Report on vaccination in Madras 1922-1929 - 1922-1929
Year: 1922
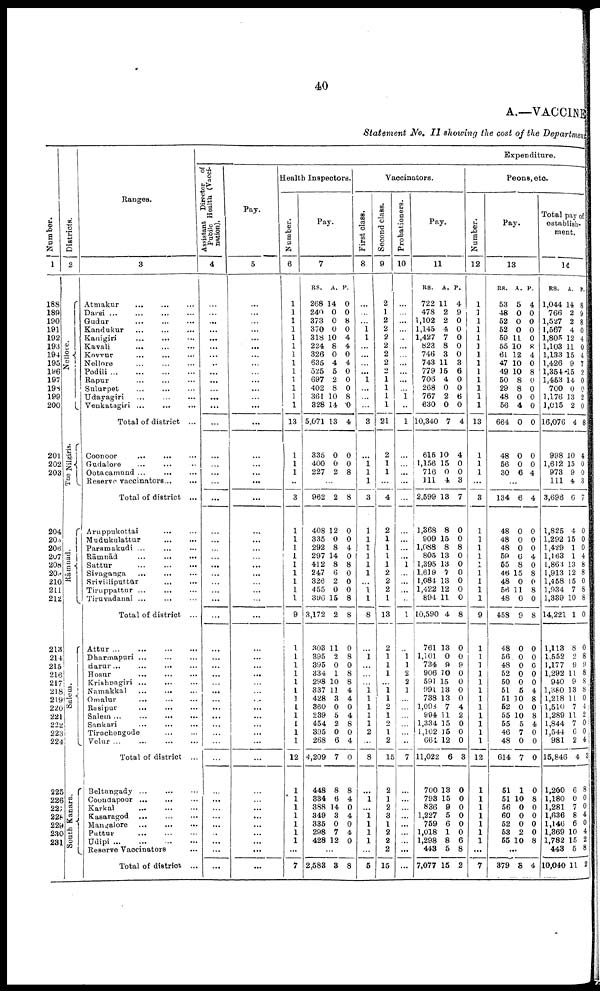
40
A.—VACCINE
Statement No. II showing the cost of the Department
Number.
1
188
189
190
191
192
193
194
195
196
197
198
199
200
201
202
203
204
205
206
207
208
209
210
211
212
213
214
215
216
217
218
219
220
221
222
223
224
225
226
227
228
229
230
231
Districts.
2
Nellore.
The Nilgiris.
Rāmnād.
Salem.
South Kanara.
Ranges.
3
Atmakur
...
...
...
Darsi
...
...
...
...
Gudur ... ... ...
Kandakur ... ... ...
Kanigiri
...
...
...
Kavali
...
...
...
Kovvnr
...
...
...
Nellore
...
...
...
Podili
...
...
...
...
Rapur ... ... ...
Sulurpet
...
...
...
Udayagiri
...
...
...
Venkatagiri ... ... ...
Total of district ...
Coonoor
...
... ...
Gudalore
... ... ...
Ootacamund ... ... ...
Reserve vaccinators ... ...
Total of district ...
Aruppukottai ... ...
Mudukulattur
...
...
Paramakudi ... ... ...
Rāmnād
...
...
...
Sattur
...
...
...
Sivaganga
... ... ...
Srivilliputtūr
... ... ...
Tiruppattur
...
...
...
Tiruvadanai ...
...
...
Total of district ...
Attur ...
...
...
...
Dharmapuri
...
...
...
Harur...
...
... ...
Hosur
...
...
...
Krishnagiri
...
...
...
Namakkal
...
...
...
Omalur
...
...
...
Rasipur
...
...
...
Salem...
...
...
...
Sankari
...
...
...
Tirachengode
...
...
Velur ...
...
...
...
Total of district ...
Beltangady
...
...
...
Coondapoor ... ... ...
Karkal
...
...
...
Kasaragod
...
...
...
Mangalore ... ... ...
Puttur
...
...
...
Udipi
...
...
...
...
Reserve Vaccinators
Total of district ...
Expenditure.
Assistant Director of
Pubilc Health (Vacci
nation).
4
...
...
...
...
...
...
...
...
...
...
...
...
...
...
...
...
...
...
...
...
...
...
...
...
...
...
...
...
...
...
...
...
...
...
...
...
...
...
...
...
...
...
...
...
...
...
...
...
...
...
...
Pay.
5
...
...
...
...
...
...
...
...
...
...
...
...
...
...
...
...
...
...
...
...
...
...
...
...
...
...
...
...
...
...
...
...
...
...
...
...
...
...
...
...
...
...
...
...
...
...
...
...
...
...
...
Health Inspectors.
Number.
6
1
1
1
1
1
1
1
1
1
1
1
1
1
13
1
1
1
...
3
1
1
1
1
1
1
1
1
1
9
1
1
1
1
1
1
1
1
1
1
1
1
12
1
1
1
1
1
1
1
...
7
Pay.
7
RS.
268
240
373
370
318
224
326
635
525
697
402
361
328
5,071
335
400
227
A.
14
0
0
0
10
8
0
4
5
2
8
10
14
13
0
0
2
P.
0
0
8
0
4
4
0
4
0
0
0
8
0
4
0
0
8
...
962
408
335
292
297
412
247
326
455
396
3,172
303
395
395
334
298
337
428
360
239
454
395
268
4,209
448
334
388
349
335
298
428
2
12
0
8
14
8
6
2
0
15
2
11
2
0
1
10
11
3
0
5
2
0
6
7
8
6
14
3
0
7
12
8
0
0
4
0
8
0
0
0
8
8
0
8
0
8
8
4
4
0
4
8
0
4
0
8
4
0
4
0
4
0
...
2,588 3 8
Vaccinators.
First class.
8
...
...
...
1 1
...
...
...
...
1
...
...
...
8
...
1 1
1
3
1
1
1
1
1
1
...
1
1
8
...
1
...
...
...
1 1
1
1
1
2
...
8
...
1
...
1
1
1
1
...
5
Second class.
9
2
1
2
2
2
2
2
2
2
1
1
1
1
21
2
1
1
...
4
2
1
1
1
1
2
2
2
1
13
2
1
1
1
...
1
1
2
1
2
1
2
15
2
1
2
3
1
2
2
2
15
Probationers.
10
...
...
...
...
...
...
...
...
...
...
...
1
...
1
...
...
...
...
...
...
...
...
...
1
...
...
...
...
1
...
1
1
2
2
1
...
...
...
...
...
...
7
...
...
...
...
...
...
...
...
...
Pay.
11
RS.
722
478
1,102
1,145
1,427
823
746
743
779
706
268
767
630
10,340
615
1,156
716
111
2,599
1,368
909
1,088
805
1,395
1,619
1,084
1,422
894
10,590
761
1,101
734
906
591
991
738
1,098
994
1,334
1,102
664
11,022
700
793
836
1,227
759
1,018
1,298
443
7,077
A.
11
2
2
4
7
8
3
11
15
4
0
2
0
7
10
15
0
4
13
8
15
8
13
13
7
13
12
11
4
13
0
9
10
15
13
13
7
11
15
15
12
6
18
15
9
5
6
1
8
5
15
P.
4
9
0
0
0
0
0
3
6
0
0
6
0
4
4
0
0
8
7
0
0
8
0
0
0
0
0
0
8
0
0
9
0
0
0
0
4
2
0
0
0
3
0
0
0
0
0
0
6
8
2
Peons, etc.
Number.
12
1
]
1
1
1
1
1
1
1
1
1
1
1
13
1
1
1
...
3
1
1
1
1
1
1
1
1
1
9
1
1
1
1
1
1
1
1
1
1
1
1
12
1
1
1
1
1
1
1
...
7
Pay.
13
RS.
53
48
52
52
59
55
61
47
49
50
29
48
56
664
48
56
30
A.
5
0
0
0
11
10
12
10
10
8
8
0
4
0
0
0
6
P.
4
0
0
0
0
8
4
0
8
0
0
0
0
0
0
0
4
...
134
48
48
48
59
55
46
48
56
48
458
48
56
48
52
50
51
51
52
55
55
46
48
614
51
51
56
60
52
53
55
6
0
0
0
6
8
15
0
11
0
9
0
0
0
0
0
5
10
0
10
5
7
0
7
1
10
0
0
0
2
10
4
0
0
0
4
0
8
0
8
0
8
0
0
0
0
0
4
8
0
8
4
0
0
0
0
8
0
0
0
0
8
...
879 8 4
Total pay of
establish
ment.
14
RS.
1,044
766
1,527
1,567
1,805
1,103
1,133
1,426
1,354
1,453
700
1,176
1,015
16,076
998
1,612
973
111
3,696
1,825
1,292
1,429
1,163
1,863
1,913
1,458
1,934
1,339
14,221
1,113
1,552
1,177
1,292
940
1,380
1,218
1,510
1,289
1,844
1,544
981
15,846
1,200
1,180
1,281
1,636
1,146
1,369
1,782
443
10,040
A.
14
2
2
4
12
11
15
9
15
14
0
13
2
4
10
15
9
4
6
4
15
1
1
13
12
15
7
10
1
8
2
9
11
9
13
11
7
11
7
6
2
4
6
0
7
8
6
10
15
5
11
P.
8
9
8
0
4
0
4
7
2
0
0
2
0
8
4
0
0
3
7
0
0
0
4
8
8
0
8
8
0
0
8
9
8
8
8
0
4
2
0
0
4
3
8
0
0
4
0
4
2
8
2